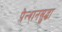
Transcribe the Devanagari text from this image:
पेन्शनसुद्धा